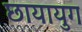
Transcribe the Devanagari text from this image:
छायायुग